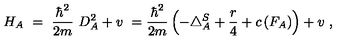
H _ { A } \ = \ \frac { \hbar ^ { 2 } } { 2 m } \ D _ { A } ^ { 2 } + v \ = \frac { \hbar ^ { 2 } } { 2 m } \left( - \triangle _ { A } ^ { S } + \frac r 4 + c \left( F _ { A } \right) \right) + v \ ,